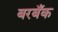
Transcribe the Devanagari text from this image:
बरबँक